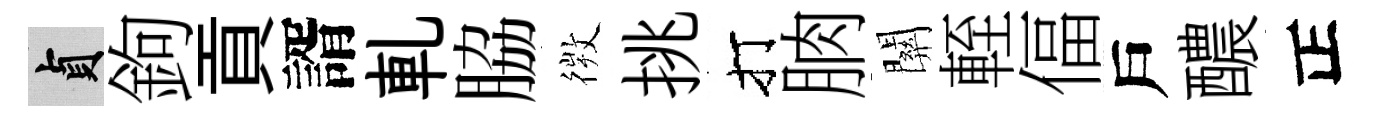
貞鉤貢諝軋脇𢕄挑打朒關輊偪戶醲正